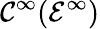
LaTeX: \mathcal{C}^{\infty}({\mathcal{{E}}}^{\infty})